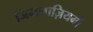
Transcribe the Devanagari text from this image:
जिमनाज़ियमों